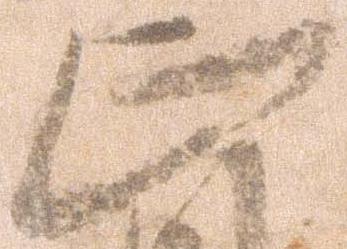
正